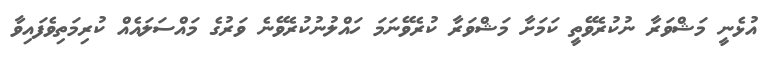
އުޅެނީ މަޝްވަރާ ނުކުރެވޭތީ ކަަމަށާ މަޝްވަރާ ކުރެވޭނަމަ ހައްލުނުކުރެވޭނެ ވަރުގެ މައްސަލައެއް ކުރިމަތިވެފައިވާ